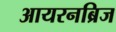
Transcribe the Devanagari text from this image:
आयरनब्रिज